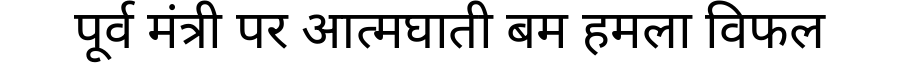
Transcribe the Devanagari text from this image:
पूर्व मंत्री पर आत्मघाती बम हमला विफल